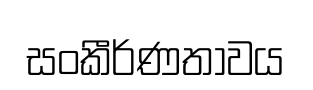
සංකීර්ණතාවය